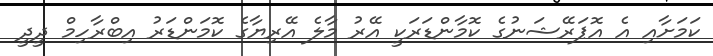
ކަމަށާއި އެ އޮޕަރޭޝަނުގެ ކޮމާންޑަރަކީ އޭރު މާލެ އޭރިޔާގެ ކޮމަންޑަރު އިބްރާހިމް ދީދީ